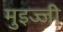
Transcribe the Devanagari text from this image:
मुइज्जी